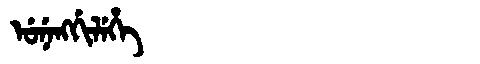
Manchu: ᡠᠨᡝᠩᡤᡳᠯᡝᡥᡝ
Romanization: UNENGGILEHE